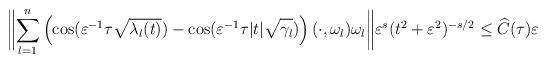
LaTeX: \begin{align*} \biggl\| \sum_{l=1}^{n} \left( \cos(\varepsilon^{-1} \tau \sqrt{\mathstrut \lambda_l(t)}) - \cos(\varepsilon^{-1} \tau |t| \sqrt{\mathstrut \gamma_l}) \right) (\cdot,\omega_l)\omega_l \biggr\| \varepsilon^{s} (t^2 + \varepsilon^2)^{-s/2} \le \widehat{C} (\tau) \varepsilon\end{align*}